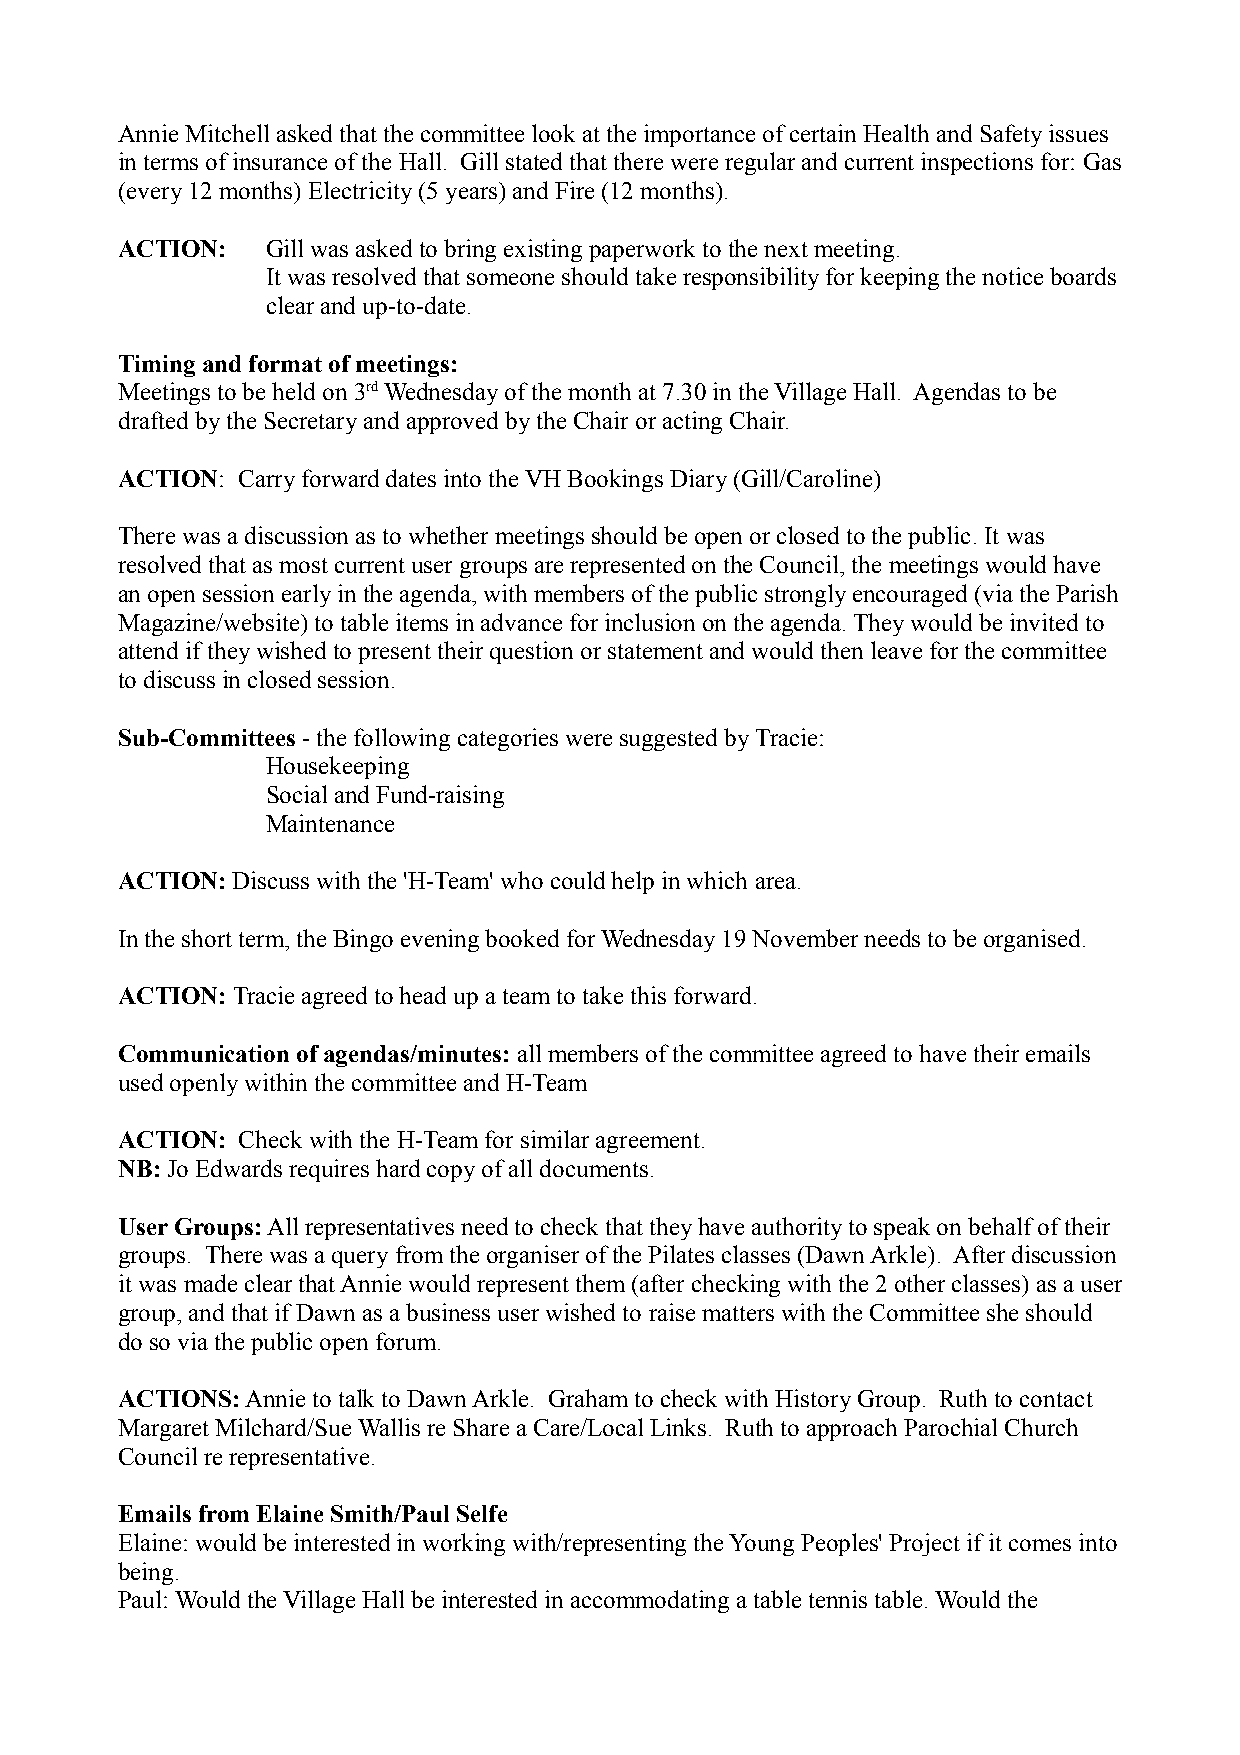
Annie Mitchell asked that the committee look at the importance of certain Health and Safety issues
 in terms of insurance of the Hall. Gill stated that there were regular and current inspections for: Gas
 (every 12 months) Electricity (5 years) and Fire (12 months).
 ACTION:   Gill was asked to bring existing paperwork to the next meeting.
 It was resolved that someone should take responsibility for keeping the notice boards
 clear and up-to-date.
 Timing and format of meetings:
 Meetings to be held on 3rd Wednesday of the month at 7.30 in the Village Hall. Agendas to be
 drafted by the Secretary and approved by the Chair or acting Chair.
 ACTION: Carry forward dates into the VH Bookings Diary (Gill/Caroline)
 There was a discussion as to whether meetings should be open or closed to the public. It was
 resolved that as most current user groups are represented on the Council, the meetings would have
 an open session early in the agenda, with members of the public strongly encouraged (via the Parish
 Magazine/website) to table items in advance for inclusion on the agenda. They would be invited to
 attend if they wished to present their question or statement and would then leave for the committee
 to discuss in closed session.
 Sub-Committees - the following categories were suggested by Tracie:
 Housekeeping
 Social and Fund-raising
 Maintenance
 ACTION: Discuss with the 'H-Team' who could help in which area.
 In the short term, the Bingo evening booked for Wednesday 19 November needs to be organised.
 ACTION: Tracie agreed to head up a team to take this forward.
 Communication of agendas/minutes: all members of the committee agreed to have their emails
 used openly within the committee and H-Team
 ACTION: Check with the H-Team for similar agreement.
 NB: Jo Edwards requires hard copy of all documents.
 User Groups: All representatives need to check that they have authority to speak on behalf of their
 groups. There was a query from the organiser of the Pilates classes (Dawn Arkle). After discussion
 it was made clear that Annie would represent them (after checking with the 2 other classes) as a user
 group, and that if Dawn as a business user wished to raise matters with the Committee she should
 do so via the public open forum.
 ACTIONS: Annie to talk to Dawn Arkle. Graham to check with History Group. Ruth to contact
 Margaret Milchard/Sue Wallis re Share a Care/Local Links. Ruth to approach Parochial Church
 Council re representative.
 Emails from Elaine Smith/Paul Selfe
 Elaine: would be interested in working with/representing the Young Peoples' Project if it comes into
 being.
 Paul: Would the Village Hall be interested in accommodating a table tennis table. Would the